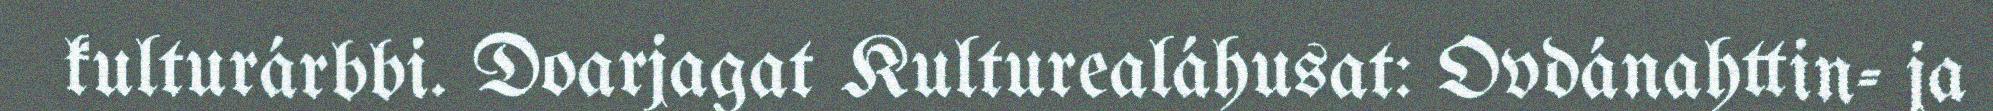
kulturárbbi. Doarjagat Kulturealáhusat: Ovdánahttin- ja